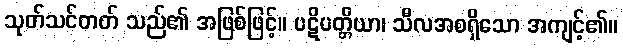
သုတ်သင်တတ် သည်၏ အဖြစ်ဖြင့်။ ပဋိပတ္တိယာ၊ သီလအစရှိသော အကျင့်၏။